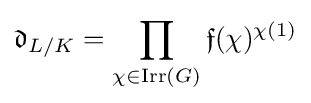
{\mathfrak {d}}_{L/K}=\prod _{\chi \in \mathrm {Irr} (G)}{\mathfrak {f}}(\chi )^{\chi (1)}